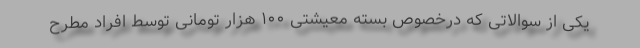
یکی از سوالاتی که درخصوص بسته معیشتی ۱۰۰ هزار تومانی توسط افراد مطرح